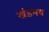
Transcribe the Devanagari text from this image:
खंडमय